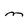
Character: M